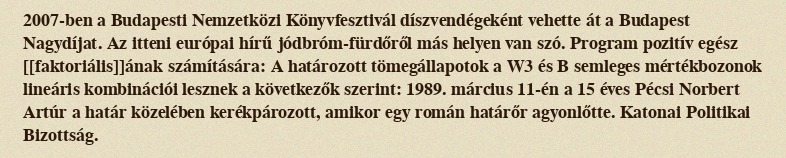
2007-ben a Budapesti Nemzetközi Könyvfesztivál díszvendégeként vehette át a Budapest Nagydíjat. Az itteni európai hírű jódbróm-fürdőről más helyen van szó. Program pozitív egész [[faktoriális]]ának számítására: A határozott tömegállapotok a W3 és B semleges mértékbozonok lineáris kombinációi lesznek a következők szerint: 1989. március 11-én a 15 éves Pécsi Norbert Artúr a határ közelében kerékpározott, amikor egy román határőr agyonlőtte. Katonai Politikai Bizottság.